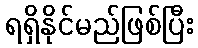
ရရှိနိုင်မည်ဖြစ်ပြီး